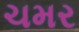
ચમર